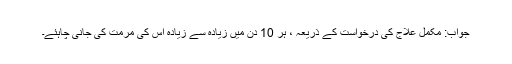
جواب: مکمل علاج کی درخواست کے ذریعہ ، ہر 10 دن میں زیادہ سے زیادہ اس کی مرمت کی جانی چاہئے۔